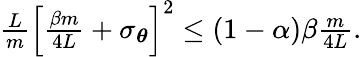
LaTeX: \begin{array}{r}{\frac{L}{m}\left[\frac{\beta m}{4L}+\sigma_{{\boldsymbol{\theta}}}\right]^{2}\leq(1-\alpha)\beta\frac{m}{4L}.}\end{array}